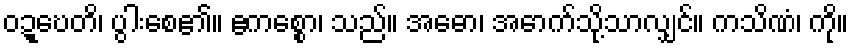
ဝဍ္ဎေတိ၊ ပွါးစေ၏။ ဧကစ္စော၊ သည်။ အဓော၊ အောက်သို့သာလျှင်။ ကသိဏံ၊ ကို။